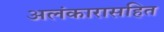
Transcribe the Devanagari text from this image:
अलंकारासहित